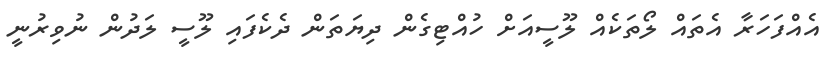
އެއްފަހަރާ އެތައް ލޯތަކެއް ލޫސީއަށް ހުއްޓިގެން ދިޔަތަން ދެކެފައި ލޫސީ ލަދުން ނުވިރުނީ